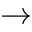
\rightarrow